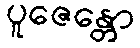
ပူဇေန္တော